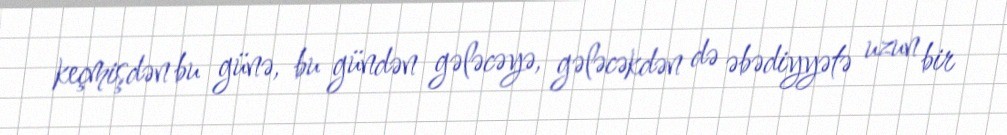
keçmişdən bu günə, bu gündən gələcəyə, gələcəkdən də əbədiyyətə uzun bir